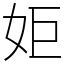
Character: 姖